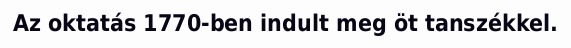
Az oktatás 1770-ben indult meg öt tanszékkel.